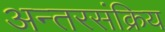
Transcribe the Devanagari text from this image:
अन्तरसंक्रिय